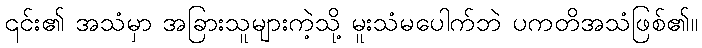
၎င်း၏ အသံမှာ အခြားသူများကဲ့သို့ မူးသံမပေါက်ဘဲ ပကတိအသံဖြစ်၏။